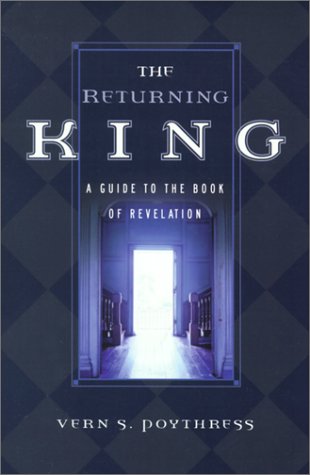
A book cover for The Returning King: A Guide to the Book of Revelation; Vern Sheridan Poythress; Christian Books & Bibles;